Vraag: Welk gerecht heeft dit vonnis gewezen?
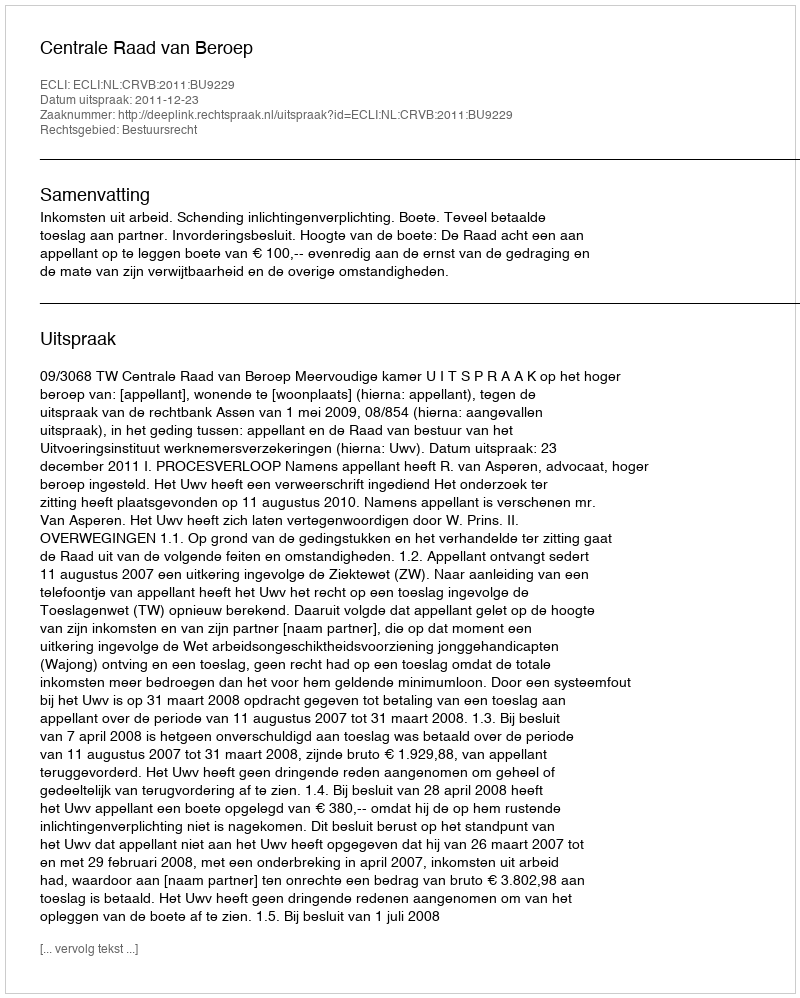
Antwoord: Centrale Raad van Beroep